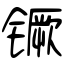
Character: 镢